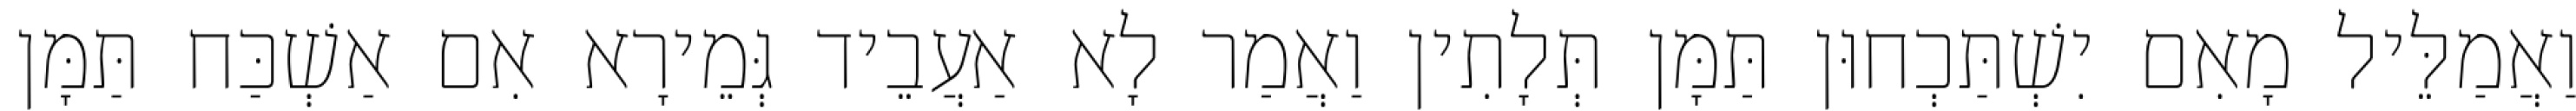
וַאֲמַלֵּיל מָאִם יִשְׁתַּכְחוּן תַּמָּן תְּלָתִין וַאֲמַר לָא אַעֲבֵיד גְּמֵירָא אִם אַשְׁכַּח תַּמָּן